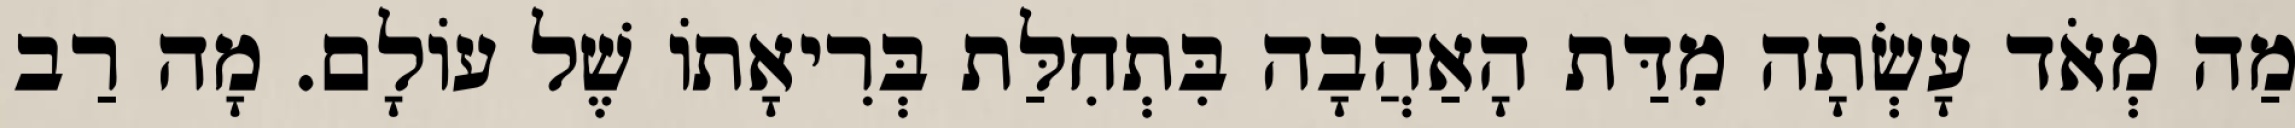
מַה מְאֹד עָשְׂתָה מִדַּת הָאַהֲבָה בִּתְחִלַּת בְּרִיאָתוֹ שֶׁל עוֹלָם. מָה רַב